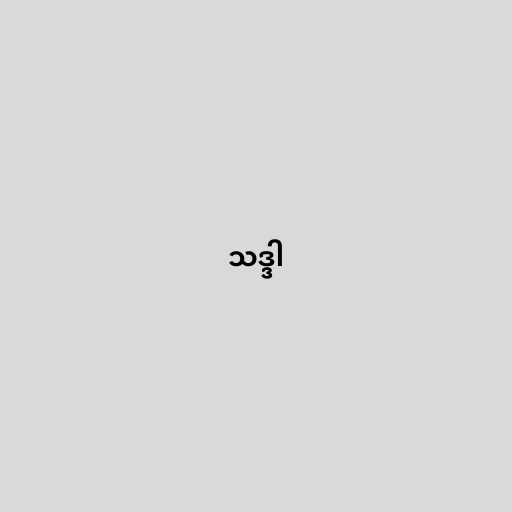
သဒ္ဒါ